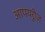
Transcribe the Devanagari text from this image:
आपयरुीज़